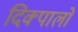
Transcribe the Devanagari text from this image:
दिक्पालों